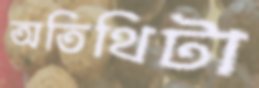
অতিথিটা